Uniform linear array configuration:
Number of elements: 12
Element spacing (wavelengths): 0.75
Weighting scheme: binomial
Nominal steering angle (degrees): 0
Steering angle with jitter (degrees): -1.692
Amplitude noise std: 0.05
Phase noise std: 0.05

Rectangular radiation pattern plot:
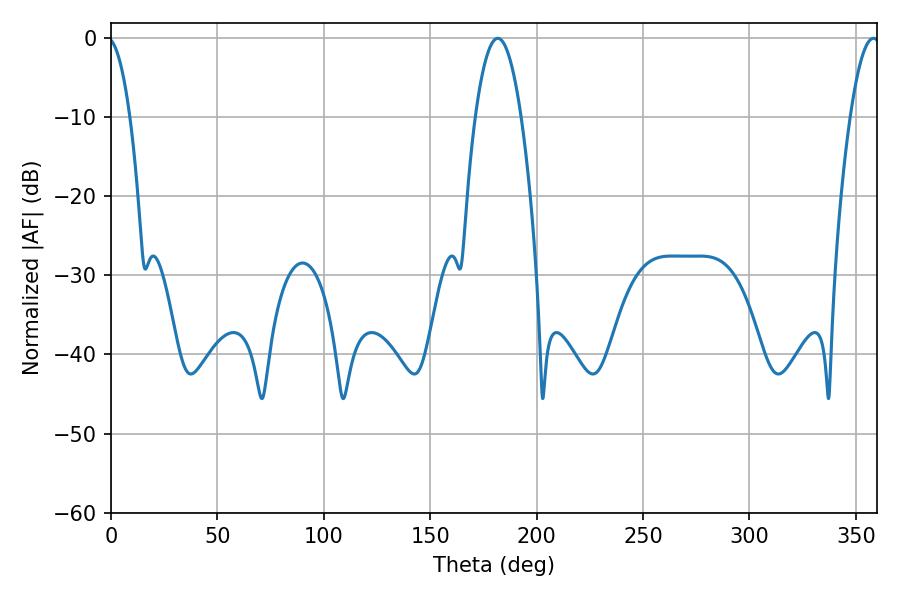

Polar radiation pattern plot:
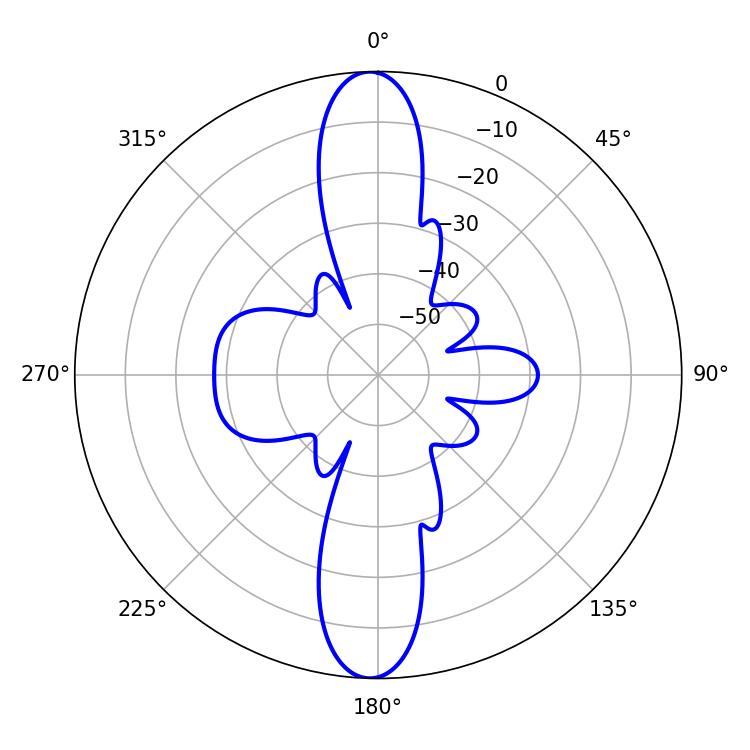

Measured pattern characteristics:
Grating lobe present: TRUE
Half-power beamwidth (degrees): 11.88
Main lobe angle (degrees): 181.8